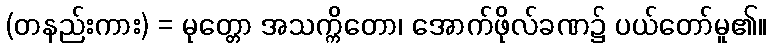
(တနည်းကား) = မုတ္တော အသက္ကိတော၊ အောက်ဖိုလ်ခဏ၌ ပယ်တော်မူ၏။